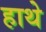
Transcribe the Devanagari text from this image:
हाथे